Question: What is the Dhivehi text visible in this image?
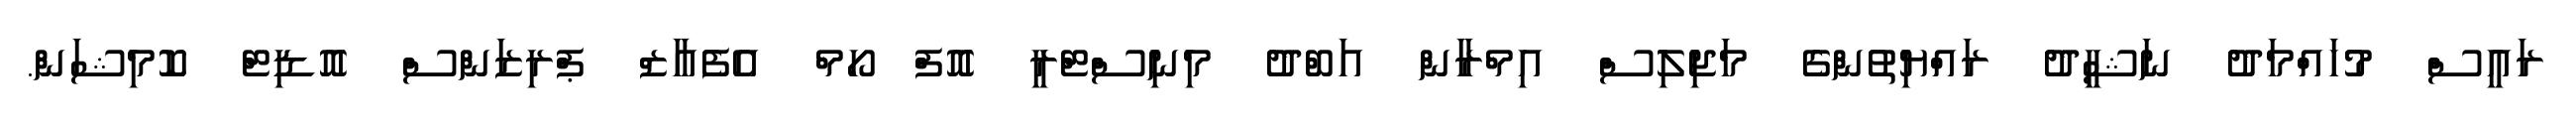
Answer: ރައީސް މުހައްމަދު ނަޝީދު ރައްޔިތުންގެ މަޖިލިސް އިމްރާން އަބްދު މިނިސްޓްރީ އޮފް ހޯމް އެފެއާޒް ޕްރިޒަންސް އޮޑިޓް ކޮމިޝަން.